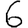
Digit: 6